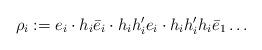
LaTeX: \begin{align*} \rho_i:= e_i \cdot h_i \bar e_i \cdot h_i h_i' e_i \cdot h_i h_i' h_i \bar e_1 \dots \end{align*}